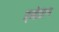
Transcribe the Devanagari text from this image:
इन्नोप्रान